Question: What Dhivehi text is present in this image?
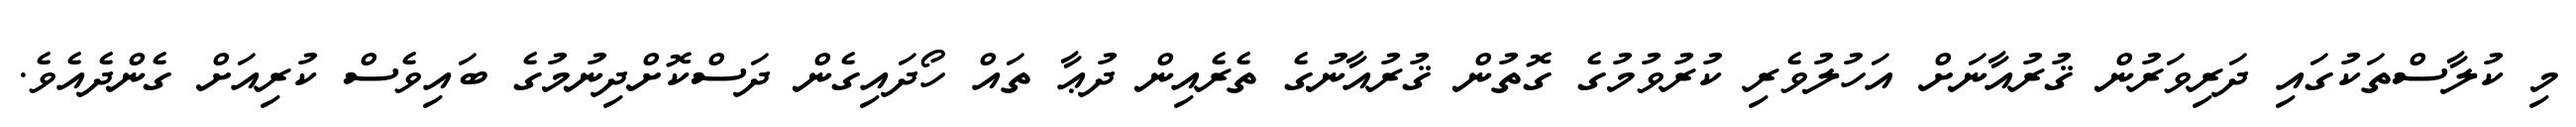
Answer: މި ކުލާސްތަކުގައި ދަރިވަރުން ޤުރުއާނަށް އަހުލުވެރި ކުރުވުމުގެ ގޮތުން ޤުރުއާނުގެ ތެރެއިން ދުޢާ ތައް ހޯދައިގެން ދަސްކޮށްދިނުމުގެ ބައިވެސް ކުރިއަށް ގެންދެއެވެ.